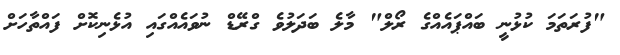
"ފުރަތަމަ ކުޅުނީ ބައްޕައެއްގެ ރޯލް" މާލެ ބަދަލުވެ ގްރޭޑް ނުވައެއްގައި އުޅެނިކޮށް ފައްތާހަށް